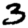
Digit: 3